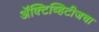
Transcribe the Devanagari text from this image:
ॲक्टिव्हिटीजचा